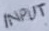
Text: INPUT